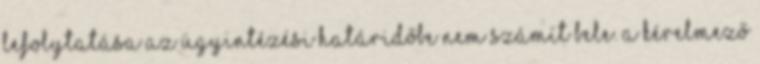
lefolytatása az ügyintézési határidőbe nem számít bele. A kérelmező